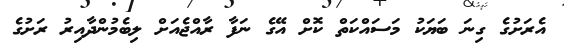
އެރަށުގެ ގިނަ ބަޔަކު މަސައްކަތް ކޮށް އޭގެ ނަފާ ރާއްޖެއަށް ލިބެމުންދާއިރު ރަށުގެ